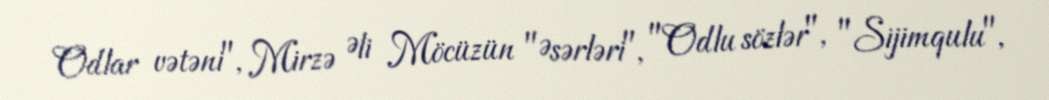
Odlar vətəni", Mirzə Əli Möcüzün "Əsərləri", "Odlu sözlər", "Sijimqulu",